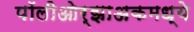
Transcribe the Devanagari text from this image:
पॉलीओर्झाअकमध्ये